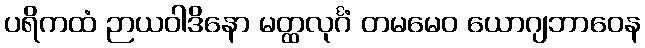
ပရိကထံ ဉာယဝါဒိနော မတ္ထလုင်္ဂံ တမမေဝ ယောဂျဘာဝေန